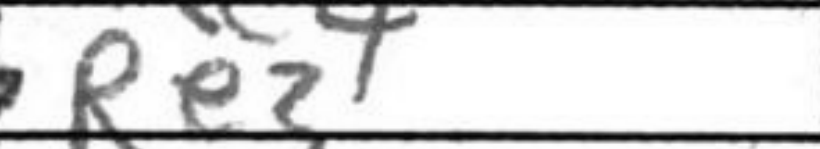
Transcription: Re3